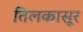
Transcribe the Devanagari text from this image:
तिलकासूर